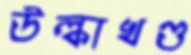
উল্কাখণ্ড